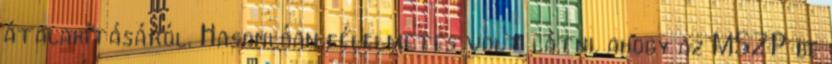
átalakításáról. Hasonlóan félelmetes volt látni, ahogy az MSZP be